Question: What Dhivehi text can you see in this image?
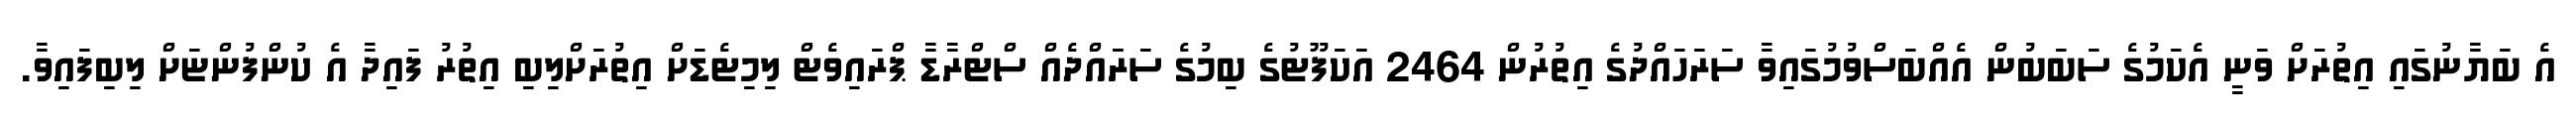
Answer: އެ ބަޔާނުގައި އިތުރަށް ވަނީ އެކަމުގެ ސަބަބުން އެއްބަސްވުމުގައިވާ ސަރަހައްދުގެ އިތުރުން 2464 އަކަފޫޓުގެ ބިމުގެ ސަރަައްދެއް ސްޓްރާޑާ ޕްރައިވެޓް ލިމިޓެޑަށް އިތުރަށްލިބި އިތުރު ފައިދާ އެ ކުންފުންޏަށް ލިބިފައިވާ.